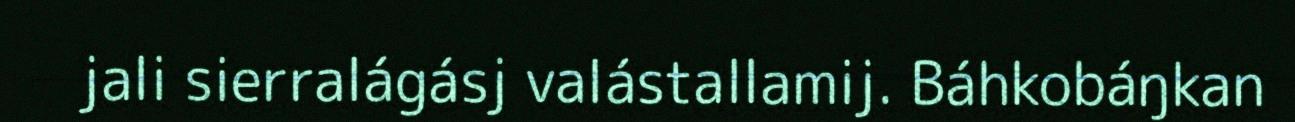
jali sierralágásj valástallamij. Báhkobáŋkan